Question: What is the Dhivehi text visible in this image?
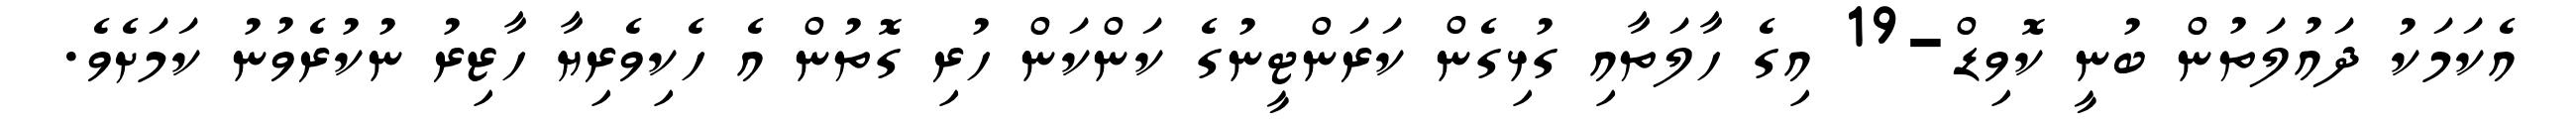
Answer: އެކަމަކު ދައުލަތުން ބުނީ ކޮވިޑް-19 އިގެ ހާލަތާއި ގުޅިގެން ކަރަންޓީނުގެ ކަންކަން ހުރި ގޮތުން އެ ހެކިވެރިޔާ ހާޒިރު ނުކުރެވުނު ކަމަށެވެ.